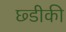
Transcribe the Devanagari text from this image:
छ्डीकी